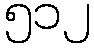
၅၁၂